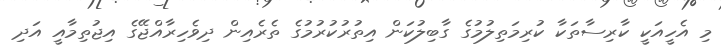
މި އެހީއަކީ ކާރިސާތަކާ ކުރިމަތިލުމުގެ ގާބިލުކަން އިތުރުކުރުމުގެ ތެރެއިން ދިވެހިރާއްޖޭގެ އިޖުތިމާއީ އަދި